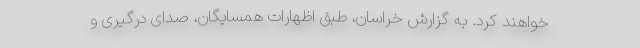
خواهند کرد. به گزارش خراسان، طبق اظهارات همسایگان، صدای درگیری و